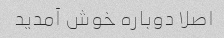
اصلا دوباره خوش آمدید